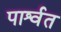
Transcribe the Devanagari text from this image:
पार्श्वत